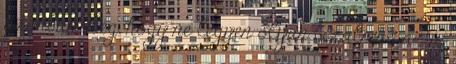
azonban elég, hogy ne legyen olyan bizalmas az új